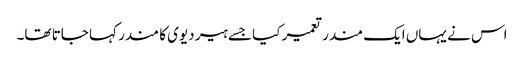
اس نے یہاں ایک مندر تعمیر کیا جسے ہیر دیوی کا مندر کہا جاتا تھا۔